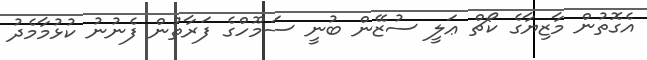
އެގޮތުން މާޒިޔާގެ ކޯޗް ޢަލީ ސުޒޭން ބުނީ ސަމޫހްގެ ފަރާތުން ފެނުނު ކުޅުމާމެދު